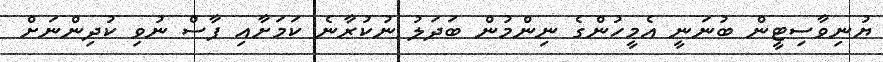
ޔުނިވާސިޓީން ބުނަނީ އެމީހުންގެ ނިންމުން ބަދަލު ނުކުރާނެ ކަމަށާއި ފާސް ނުވި ކުދިންނަށް